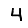
Digit: 4